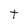
Character: t